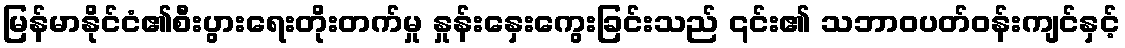
မြန်မာနိုင်ငံ၏စီးပွားရေးတိုးတက်မှု နှုန်းနှေးကွေးခြင်းသည် ၎င်း၏ သဘာဝပတ်ဝန်းကျင်နှင့်